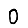
Digit: 0